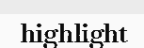
highlight